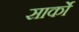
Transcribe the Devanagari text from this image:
सार्को